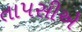
તાપસીએ